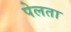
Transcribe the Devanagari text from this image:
पेलता